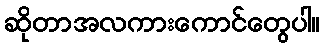
ဆိုတာအလကားကောင်တွေပါ။